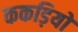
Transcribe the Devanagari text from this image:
ककड़ियों